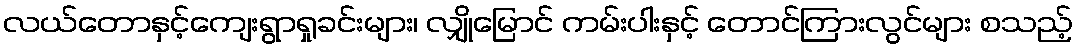
လယ်တောနှင့်ကျေးရွာရှုခင်းများ၊ လျှိုမြောင် ကမ်းပါးနှင့် တောင်ကြားလွင်များ စသည့်